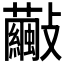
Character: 𣀺